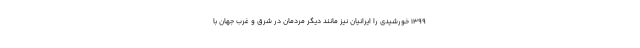
1399 خورشیدی را ایرانیان نیز مانند دیگر مردمان در شرق و غرب جهان با